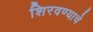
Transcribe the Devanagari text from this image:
शिरवण्याचे